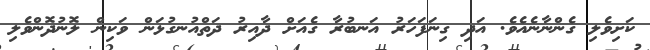
ކަށިވެލި ގެންނާނެއެވެ. އަދި ގިނަފަހަރު އަނބުރާ ގެއަށް ދާއިރު ދަތްއުނގުޅަން ވަކިން ލޮނުދޮންވެލި